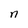
Character: n